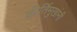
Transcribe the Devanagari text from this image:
कीर्तिमुखांनी